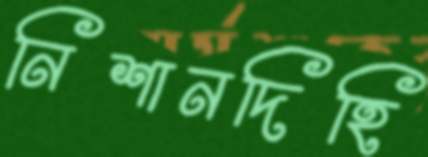
নিশানদিহি